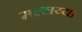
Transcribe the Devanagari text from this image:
मल्लय्या